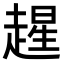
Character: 𫎻